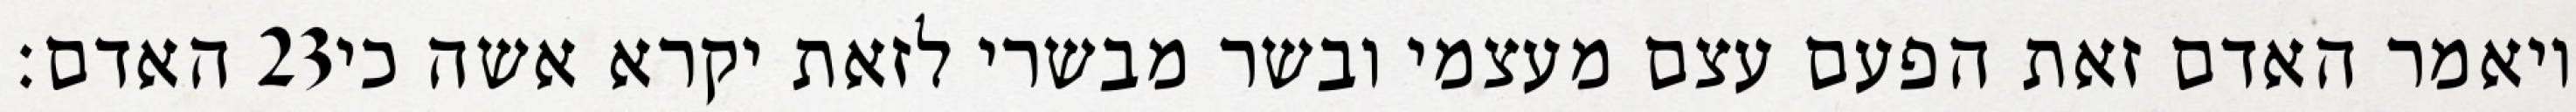
האדם׃ ‎23‏ ויאמר האדם זאת הפעם עצם מעצמי ובשר מבשרי לזאת יקרא אשה כי